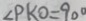
\angle P K O = 9 0 ^ { \circ }